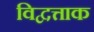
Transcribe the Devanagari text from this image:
विद्वत्ताक